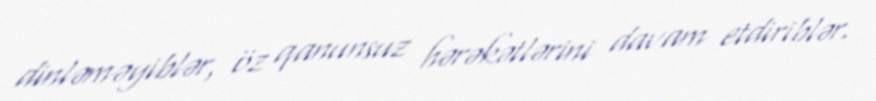
dinləməyiblər, öz qanunsuz hərəkətlərini davam etdiriblər.